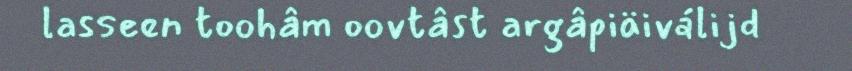
lasseen toohâm oovtâst argâpiäiválijd